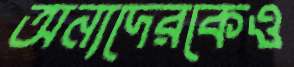
অন্যদেরকেও